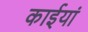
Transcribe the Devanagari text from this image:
काईयां